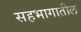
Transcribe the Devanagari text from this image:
सहभागातील